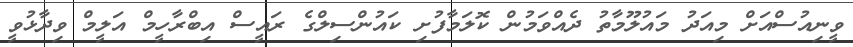
ވީނިއުސްއަށް މިއަދު މައުލޫމާތު ދެއްވަމުން ކޮލަމާފުށި ކައުންސިލްގެ ރައީސް އިބްރާހީމް އަލީމް ވިދާޅުވީ